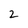
Character: 2